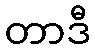
တာဒီ